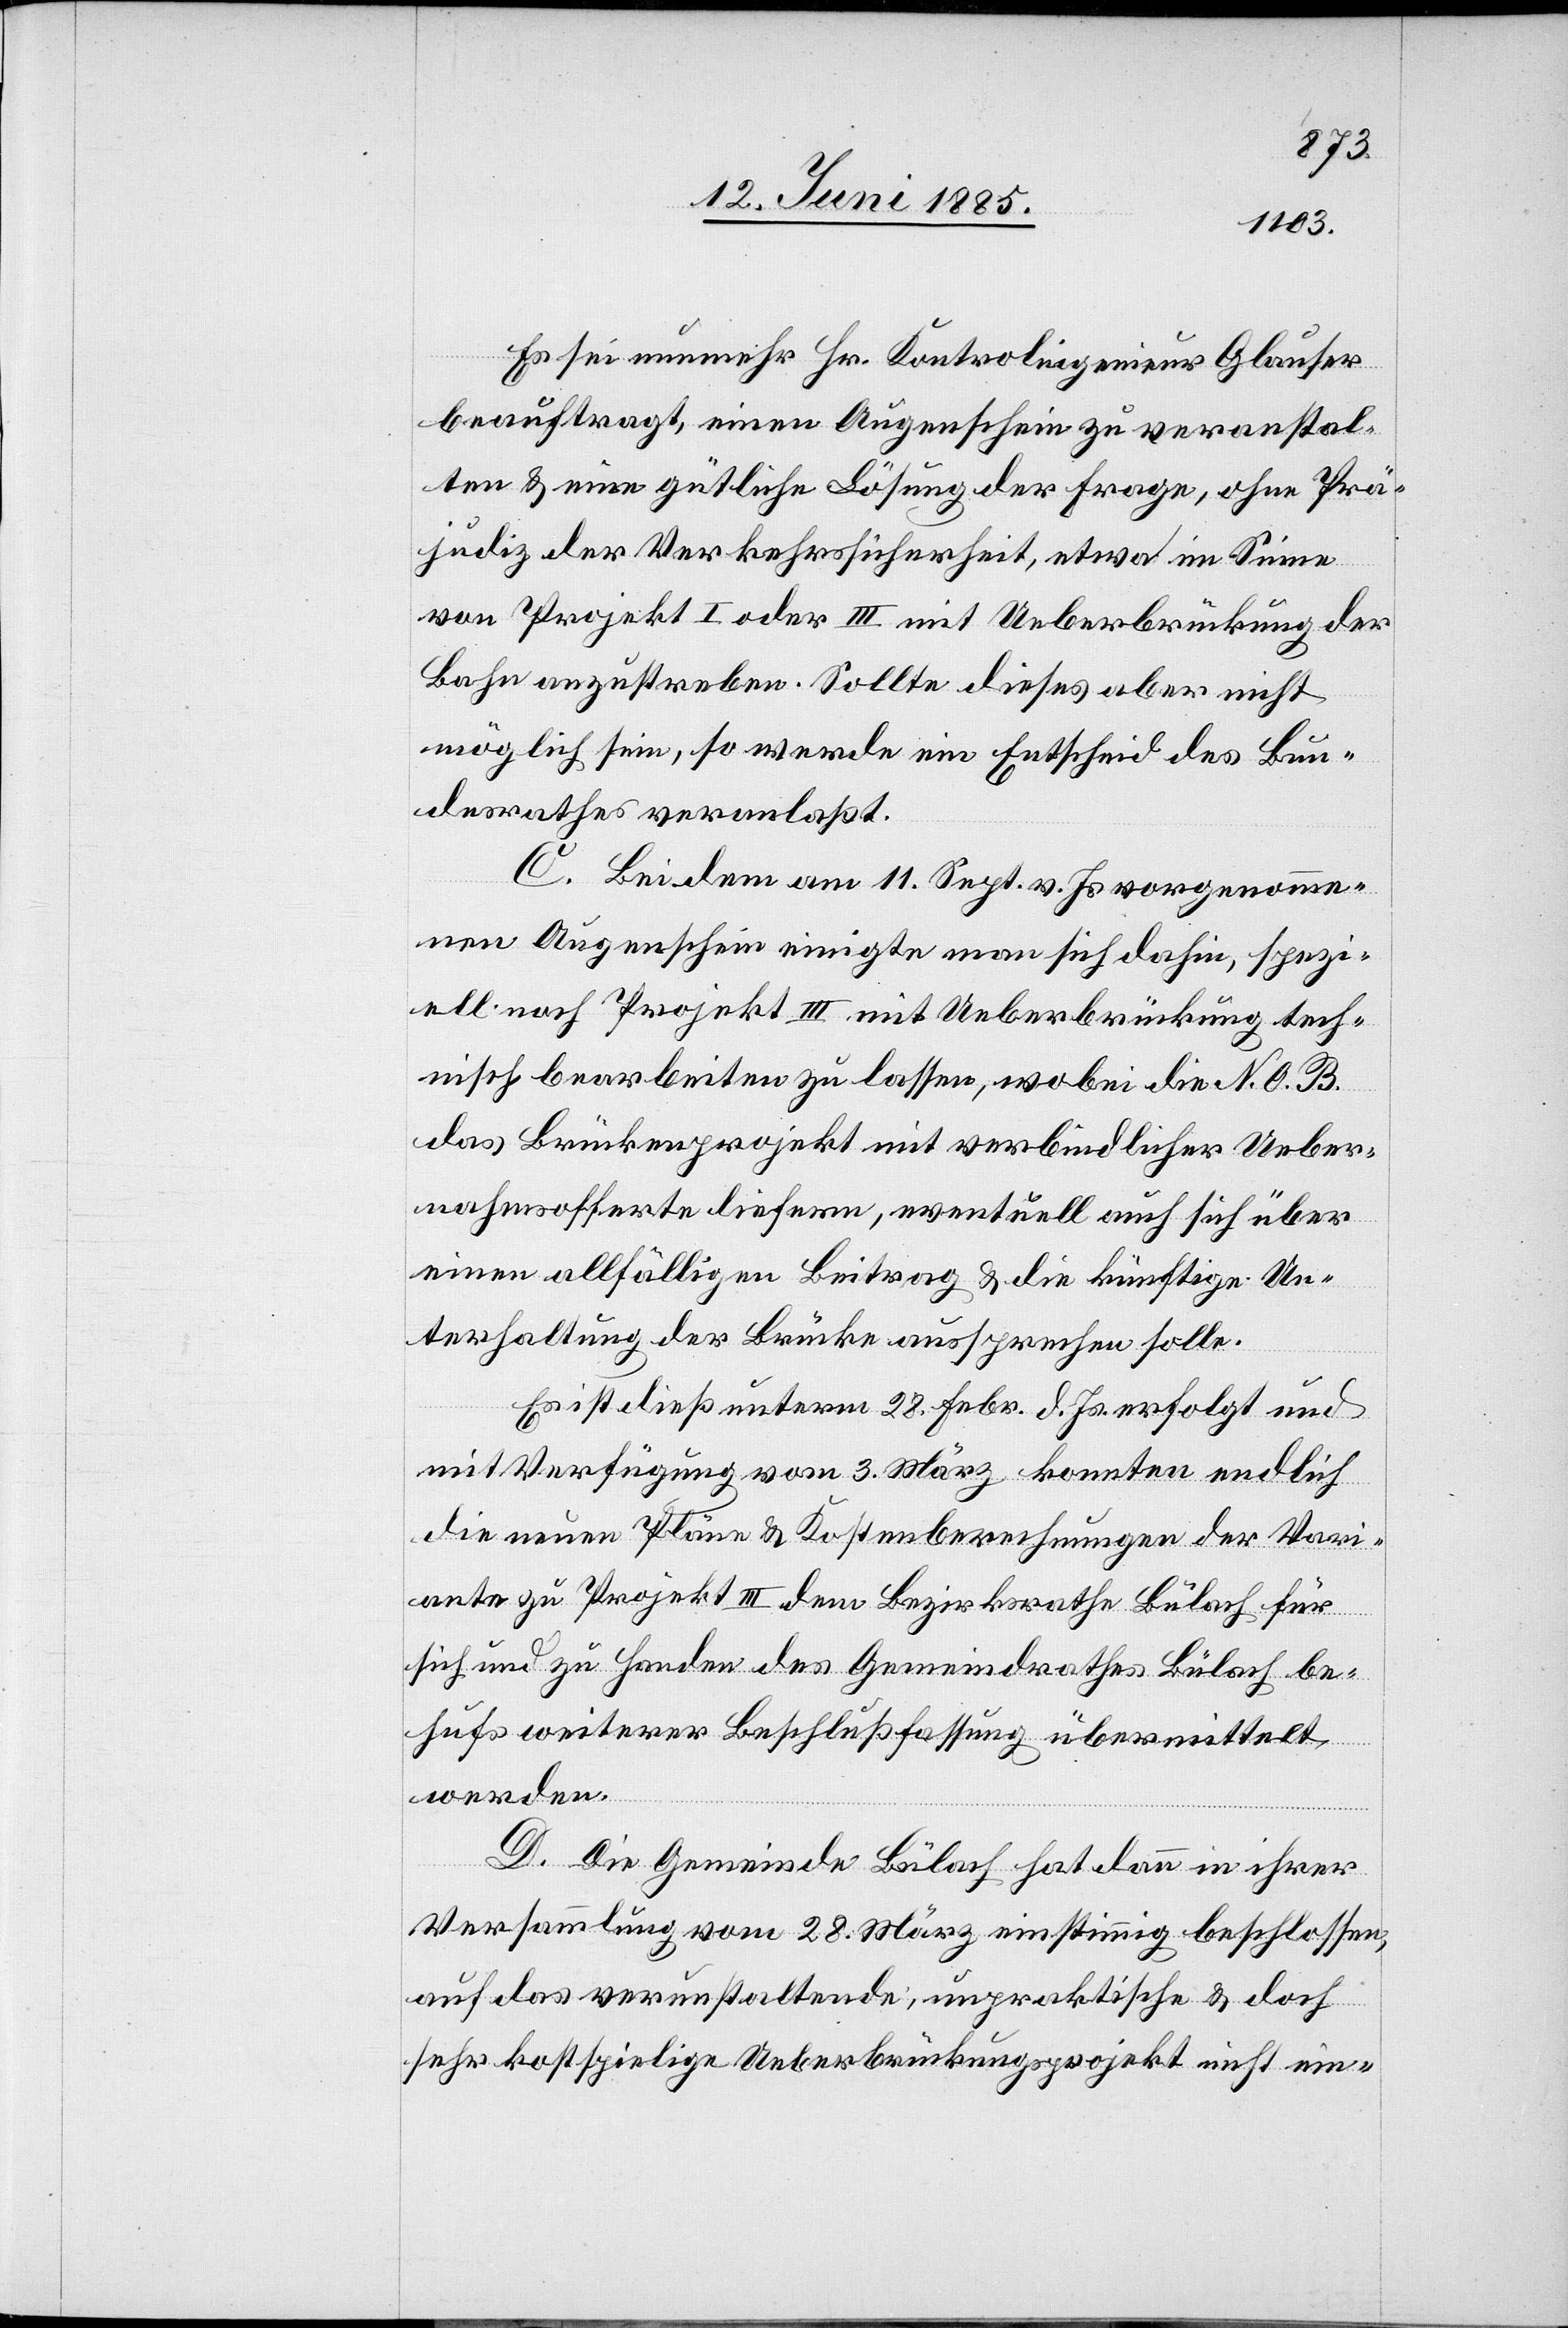
Es sei nunmehr Hr. Kontrolingenieur Glauser
beauftragt, einen Augenschein zu veranstal¬
ten & eine gütliche Lösung der Frage, ohne Prä¬
judiz der Verkehrssicherheit, etwa im Sinne
von Projekt I oder III mit Ueberbrückung der
Bahn anzustreben. Sollte dieses aber nicht
möglich sein, so werde ein Entscheid des Bun¬
desrathes veranlaßt.
C. Bei dem am 11. Sept. v. Js. vorgenomme¬
nen Augenschein einigte man sich dahin, spezi¬
ell nach Projekt III mit Ueberbrückung tech¬
nisch bearbeiten zu lassen, wobei die N. O. B.
das Brückenprojekt mit verbindlicher Ueber¬
nahmsofferte liefern, eventuell auch sich über
einen allfälligen Beitrag & die künftige Un¬
terhaltung der Brücke aussprechen solle.
Es ist dieß unterm 28. Febr. d. Js. erfolgt und
mit Verfügung vom 3. März konnten endlich
die neuen Pläne & Kostenberechnungen der Vari¬
ante zu Projekt III dem Bezirksrathe Bülach be¬
hufs weiterer Beschlußfassung übermittelt
werden.
D. Die Gemeinde Bülach hat dann in ihrer
Versammlung vom 28. März einstimmig beschlossen,
auf das verunstaltende, unpraktische & doch
sehr kostspielige Ueberbrückungsprojekt nicht ein-